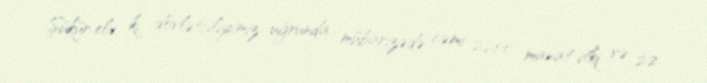
Şükür elə ki, dövlətçiliyimiz uğrunda mübarizədə cəmi 2200 manat itki və 22